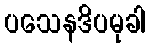
ပသေနဒိပမုခါ